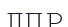
ЛПР